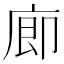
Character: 𪪗